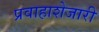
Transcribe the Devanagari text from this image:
प्रवाहाशेजारी